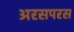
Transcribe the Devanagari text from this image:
अरसपरस